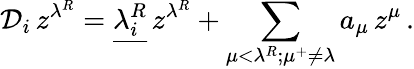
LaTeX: {\mathcal D}_{i}\, z^{\lambda^{R}}=\underline{{{{\lambda}_{i}^{R}}}}\, z^{\lambda^{R}}+\sum_{\mu<\lambda^{R};\mu^{+}\neq\lambda}a_{\mu}\, z^{\mu}\, .